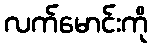
လက်မောင်းကို